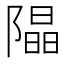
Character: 𨼗